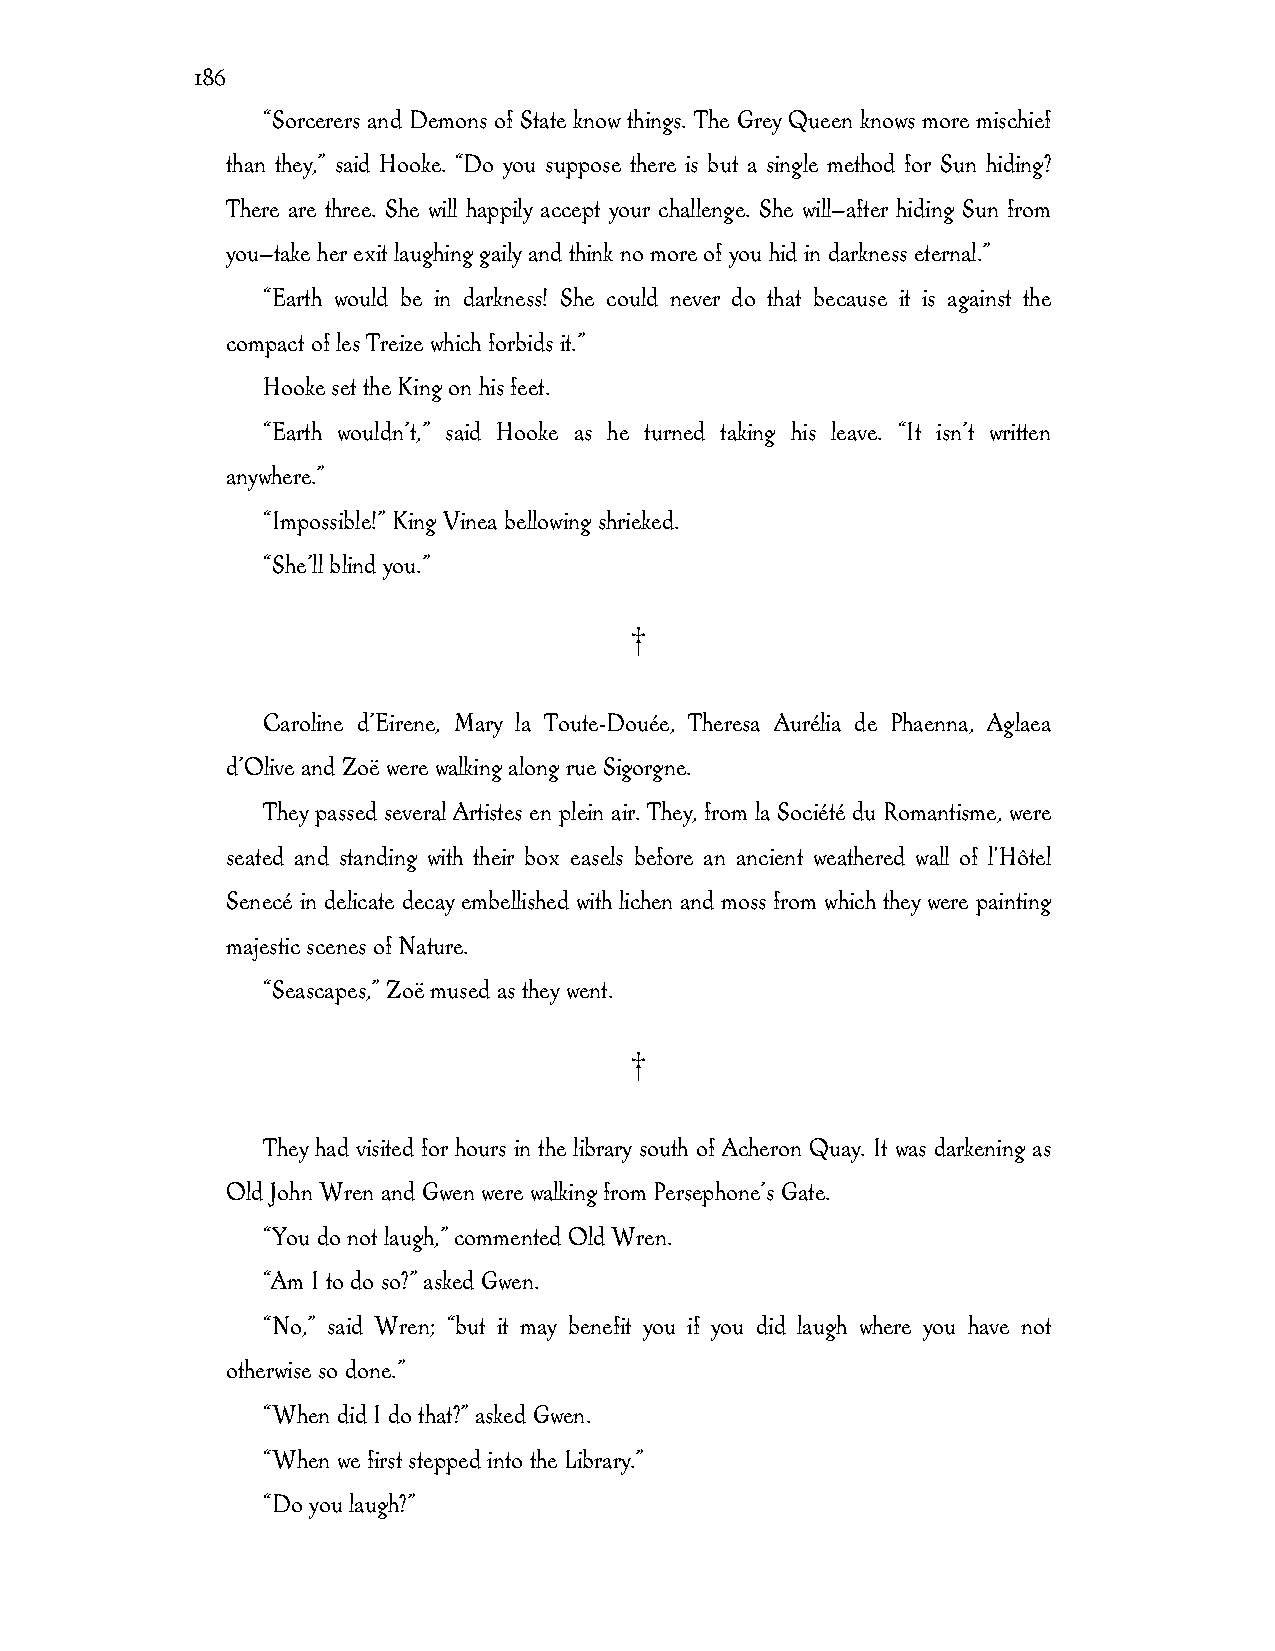
186
 “Sorcerers and Demons of State know things. The Grey Queen knows more mischief
 than they,” said Hooke. “Do you suppose there is but a single method for Sun hiding?
 There are three. She will happily accept your challenge. She will—after hiding Sun from
 you—take her exit laughing gaily and think no more of you hid in darkness eternal.”
 “Earth would be in darkness! She could never do that because it is against the
 compact of les Treize which forbids it.”
 Hooke set the King on his feet.
 “Earth wouldn’t,” said Hooke as he turned taking his leave. “It isn’t written
 anywhere.”
 “Impossible!” King Vinea bellowing shrieked.
 “She’ll blind you.”
 †
 Caroline d’Eirene, Mary la Toute-Douée, Theresa Aurélia de Phaenna, Aglaea
 d’Olive and Zoë were walking along rue Sigorgne.
 They passed several Artistes en plein air. They, from la Société du Romantisme, were
 seated and standing with their box easels before an ancient weathered wall of l'Hôtel
 Senecé in delicate decay embellished with lichen and moss from which they were painting
 majestic scenes of Nature.
 “Seascapes,” Zoë mused as they went.
 †
 They had visited for hours in the library south of Acheron Quay. It was darkening as
 Old John Wren and Gwen were walking from Persephone’s Gate.
 “You do not laugh,” commented Old Wren.
 “Am I to do so?” asked Gwen.
 “No,” said Wren; “but it may benefit you if you did laugh where you have not
 otherwise so done.”
 “When did I do that?” asked Gwen.
 “When we first stepped into the Library.”
 “Do you laugh?”